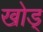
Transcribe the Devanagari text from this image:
खोड्